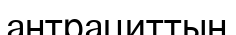
антрациттың